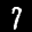
Label: 7